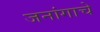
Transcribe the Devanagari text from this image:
जनांगाचे